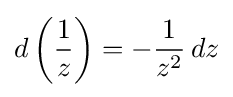
d\left({\frac {1}{z}}\right)=-{\frac {1}{z^{2}}}\,dz